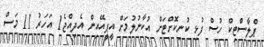
ޕްލާސްޓިކް ހުސް ފުޅި ކުނިކޮށްޓަށް އުކާނުލުމަށް އީޕީއޭއިން އެދިއްޖެ1 އަހަރު 11 މަސް